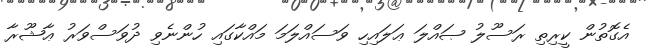
އެގޮތުން ކީރިތި ރަސޫލު ޞައްލަ ޢަލައިހި ވަސައްލަމަ މައްކާގައި ހުންނެވި ދުވަސްވަރު ޢާޝޫރާ